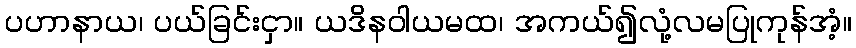
ပဟာနာယ၊ ပယ်ခြင်းငှာ။ ယဒိနဝါယမထ၊ အကယ်၍လုံ့လမပြုကုန်အံ့။